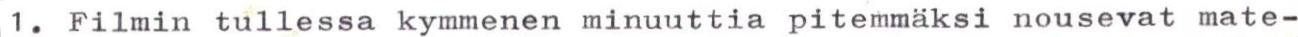
1. Filmin tullessa kymmenen minuuttia pitemmäksi nousevat mate-